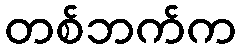
တစ်ဘက်က